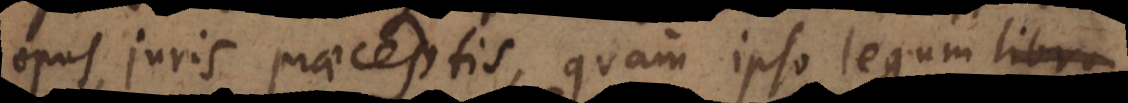
opus juris praeceptis, quam ipso legum